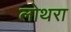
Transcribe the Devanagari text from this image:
लोथरा